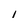
Character: I